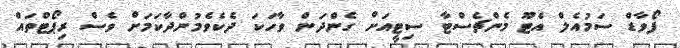
ފޯވާޑް ސަމުއެލް އެޓޫ މެންޗެސްޓާ ސިޓީއަށް ގެންދަން ވާހަކަ ދެކެވެމުންދާކަމަށް ވެސް ރިޕޯޓްތައް